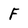
Character: F